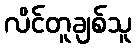
လိင်တူချစ်သူ